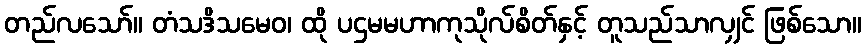
တည်လသော်။ တံသဒိသမေဝ၊ ထို ပဌမမဟာကုသိုလ်စိတ်နှင့် တူသည်သာလျှင် ဖြစ်သော။